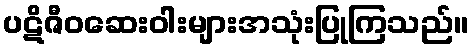
ပဋိဇီဝဆေးဝါးများအသုံးပြုကြသည်။